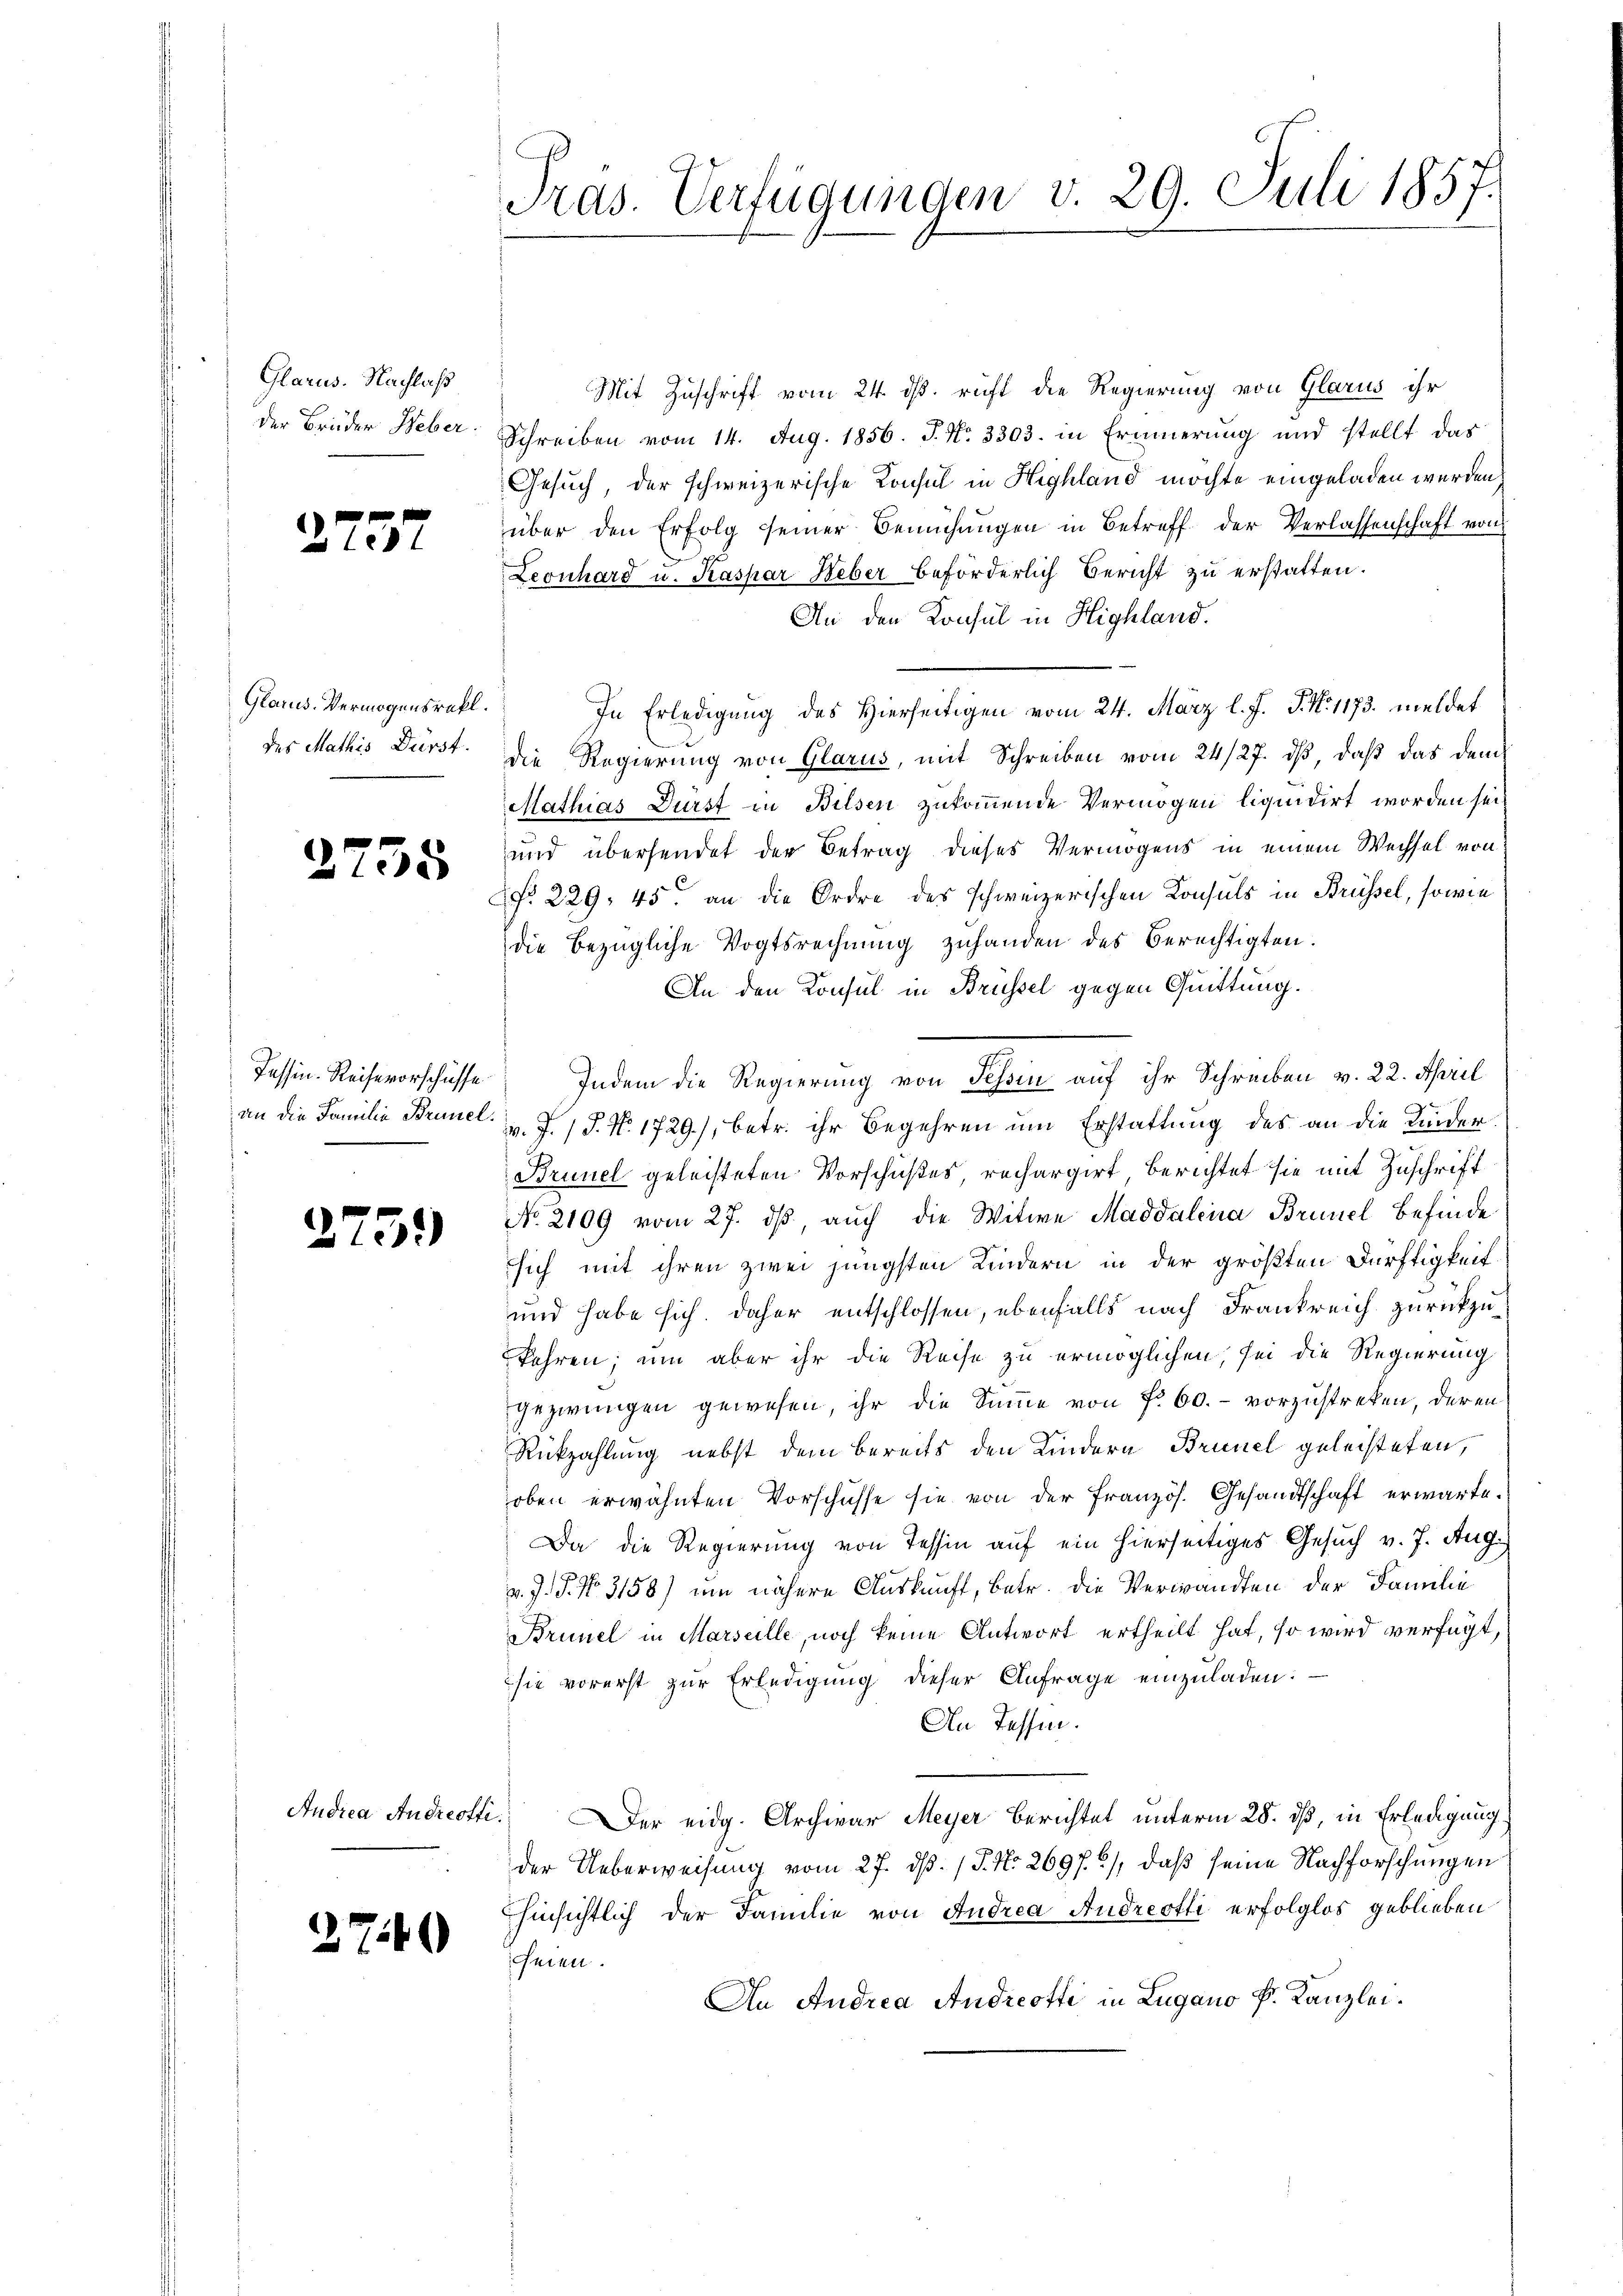
Glarus. Nachlaß
der Brüder Weber

2757

Glarus. Vermögensrekt.
des Mathis Dürst.

2755

Tessin. Reisevorschüsse.

2759

Audica Andreotti.

274

Pras. Verfügungen v. 29. Juli 1857.

Mit Zuschrift vom 24. ds. richt die Regierung von Glarus ihr
Schreiben vom 14. Aug. 1856. J. No. 3303. in Erinnerung und stellt das
Gesuch, der schweizerische Konsul in Highland möchte eingeladen werden,
über den Erfolg seiner Bemühungen in Betreff der Verlassenschaft von
Leonhard u. Kaspar Heber beförderlich Bericht zu erstatten.
An den Konsul in Highland.
In Erledigung des Hierseitigen vom 24. März l. J. J. N. 1173. meldet
die Regierung von Glarus, mit Schreiben vom 24/27. ds, daß das dem
Mathias Dürst in Bilsen zukommende Vermögen liquidirt worden sei¬
und übersendet der Betrag dieses Vermögens in einem Wechsel von
Nr. 229, 45. an die Ordre des schweizerischen Konsuls in Brüssel, sowie
die bezügliche Vogtsrechnung zuhanden des Berechtigten.
An den Konsul in Brüssel gegen Quittung.
Indem die Regierung von Tessin auf ihr Schreiben v. 22. April
an die Familie Brunel. v. J. P. Nr. 1729), betr. ihr Begehren um Erstattung des an die Kinder¬
Brunel geleisteten Vorschußes, rechargirt berichtet sie mit Zuschrift
No. 2109 vom 27. ds, auch die Witwe Maddalena Brunel befinde
sich mit ihren zwei jüngsten Kindern in der größten Dürftigkeit
und habe sich daher entschlossen, ebenfalls nach Frankreich zurückzufahren; um aber ihr die Reise zu ermöglichen, sei die Regierung
gezwungen gewesen, ihr die Summe von Fr. 60. - vorzustreken, deren
Rückzahlung nebst dem bereits den Kindern Brinel geleisteten,
oben erwähnten Vorschüsse sie von der Französ. Gesandtschaft erwarte¬
Da die Regierung von Tessin auf ein hierseitiges Gesuch v. J. Aug.
v. J. P. No. 3158) um nähere Auskunft, betr. die Verwandten der Familie
Brunel in Marseille, noch keine Antwort ertheilt hat, so wird verfügt,
sie vorerst zŭr Erledigŭng dieser Anfrage einzŭladen:
An Tassen.
Der eidg. Archivar Meyer Berichtet unterm 28. dß, in Erledigung.
der Ueberweisung vom 27. ds. (T. No. 2697. 6), daß seine Nachforschungen
hinsichtlich der Familie von Andrea Andreotti erfolglos geblieben
scheien.
An Andrea Andreotti in Lugano k. Kanzlei.